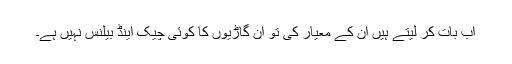
اب بات کر لیتے ہیں ان کے معیار کی تو ان گاڑیوں کا کوئی چیک اینڈ بیلنس نہیں ہے۔